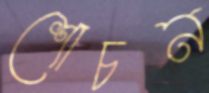
শোচন